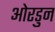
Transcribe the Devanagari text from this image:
ओरडुन